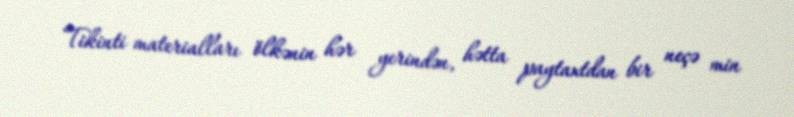
Tikinti materialları ölkənin hər yerindən, hətta paytaxtdan bir neçə min